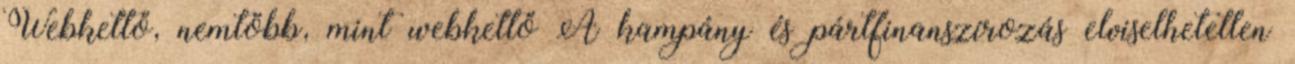
Webkettő, nemtöbb, mint webkettő A kampány és pártfinanszírozás elviselhetetlen